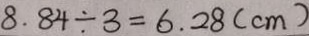
8 . 8 4 \div 3 = 6 . 2 8 ( c m )